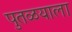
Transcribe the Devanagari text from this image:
पुतळयाला